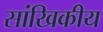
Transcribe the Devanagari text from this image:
सांखिकीय